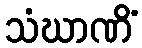
သံဃာဏိံ